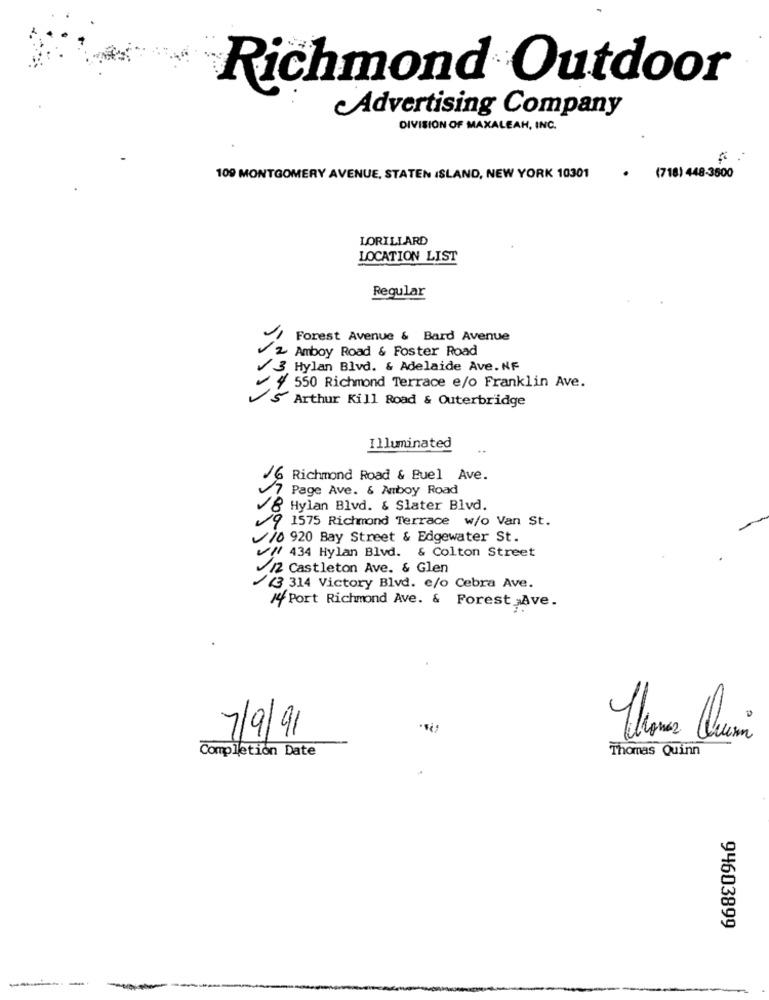
Richmond Outdoor
Advertising Company
DIVISION OF MAXALEAH, INC.
109 MONTGOMERY AVENUE, STATEN ISLAND, NEW YORK 10301
(718) 448-3500
LORILLARD
LOCATION LIST
Regular
Forest Avenue & Bard Avenue
2 Amboy Road & Foster Road
3 Hylan Blvd. & Adelaide Ave. NF
# 550 Richmond Terrace e/o Franklin Ave.
Arthur Kill Road & Outerbridge
Illuminated
/6 Richmond Road & Buel Ave.
7 Page Ave. & Aboy Road
8 Hylan Blvd. & Slater Blvd.
7 1575 Richmond Terrace w/o Van St.
/ /0 920 Bay Street & Edgewater St.
! 434 Hylan Blvd. & Colton Street
/2 Castleton Ave. & Glen
(3 314 Victory Blvd. e/o Cebra Ave.
44Port Richmond Ave. & Forest ,Ave.
7/9/91
Completion Date
Thomas Quinn
94603899